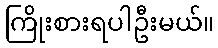
ကြိုးစားရပါဦးမယ်။